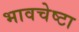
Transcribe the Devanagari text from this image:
भावचेष्टा